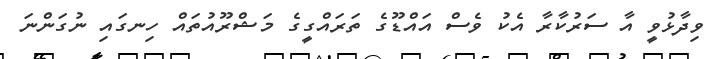
ވިދާޅުވީ އާ ސަރުކާރާ އެކު ވެސް އައްޑޫގެ ތަރައްގީގެ މަޝްރޫއުތައް ހިނގައި ނުގަންނަ